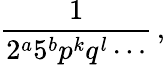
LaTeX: {\frac{1}{2^{a}5^{b}p^{k}q^{l}\cdots}}\, ,